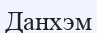
Данхэм